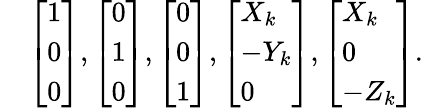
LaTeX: \begin{array}{rl}&{\left[\begin{array}{l}{1}\\ {0}\\ {0}\end{array}\right],\left[\begin{array}{l}{0}\\ {1}\\ {0}\end{array}\right],\left[\begin{array}{l}{0}\\ {0}\\ {1}\end{array}\right],\left[\begin{array}{l}{X_{k}}\\ {-Y_{k}}\\ {0}\end{array}\right],\left[\begin{array}{l}{X_{k}}\\ {0}\\ {-Z_{k}}\end{array}\right].}\end{array}